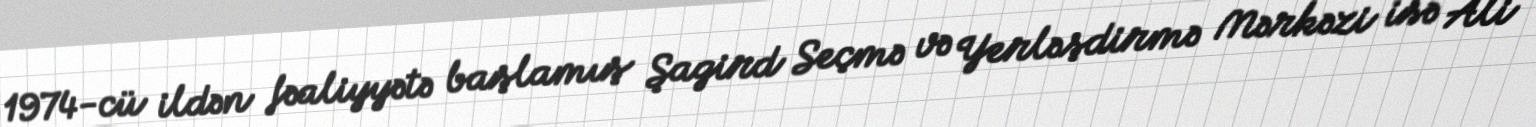
1974-cü ildən fəaliyyətə başlamış Şagird Seçmə və Yerləşdirmə Mərkəzi isə Ali